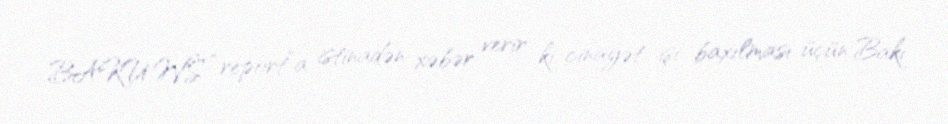
BAKU.WS “report”a istinadən xəbər verir ki, cinayət işi baxılması üçün Bakı